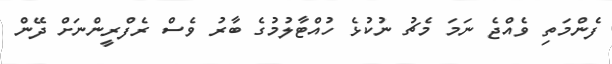
ފެންމަތި ވެއްޖެ ނަމަ މެޗު ނުކުޅެ ހުއްޓާލުމުގެ ބާރު ވެސް ރެފްރީންނަށް ދޭން